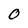
Character: 0